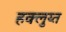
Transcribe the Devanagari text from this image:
हक्लुय्त